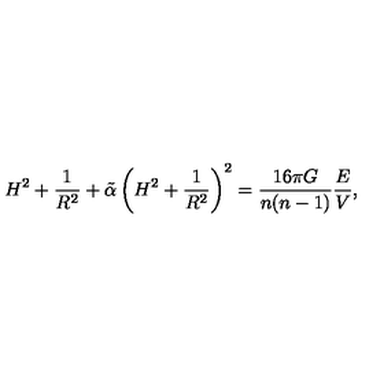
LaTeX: H ^ { 2 } + \frac { 1 } { R ^ { 2 } } + \tilde { \alpha } \left( H ^ { 2 } + \frac { 1 } { R ^ { 2 } } \right) ^ { 2 } = \frac { 1 6 \pi G } { n ( n - 1 ) } \frac { E } { V } ,